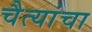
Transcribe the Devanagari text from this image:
चैत्यांचा